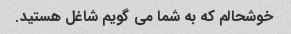
خوشحالم که به شما می گویم شاغل هستید.